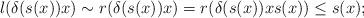
LaTeX: \begin{align*}l(\delta(s(x))x)\sim r(\delta(s(x))x)=r(\delta(s(x))xs(x))\leq s(x); \end{align*}